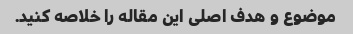
موضوع و هدف اصلی این مقاله را خلاصه کنید.